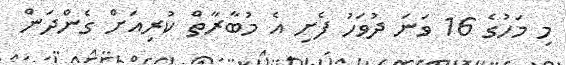
މި މަހުގެ 16 ވަނަ ދުވަހު ފެށި އެ މުބާރާތް ކުރިއަށް ގެންދަން